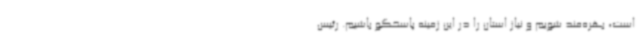
است، بهره‌مند شویم و نیاز استان را در این زمینه پاسخگو باشیم. رئیس